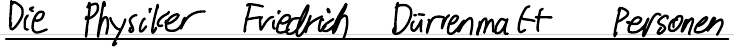
Die Physiker Friedrich Dürrenmalt Personen